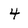
Character: 4